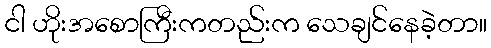
ငါ ဟိုးအစောကြီးကတည်းက သေချင်နေခဲ့တာ။